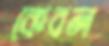
কেবল